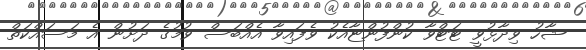
ޝާހު ވިދާޅުވީ ޓަޓްވާ ކުންފުންޏާއެކު ވެފައިވާ އެއްބަސް ވުމުގެ ދަށުން އެ މަސައްކަތް